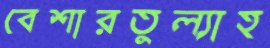
বেশারতুল্যাহ